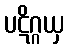
ပဋိဂ္ဂယှ